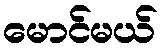
မောင်မယ်